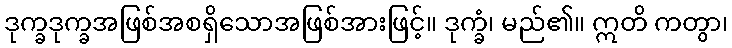
ဒုက္ခဒုက္ခအဖြစ်အစရှိသောအဖြစ်အားဖြင့်။ ဒုက္ခံ၊ မည်၏။ ဣတိ ကတွာ၊